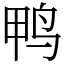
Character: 鸭